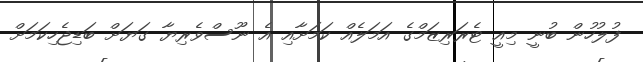
ފުލުހުން ބުނީ މިއީ ޓެރަރިޒަމްގެ އަމަލެއް ކަމަށާއި އެ ނޫސްވެރިޔާ ގަޔަށް ބަޑިޖެހިކަމަށް